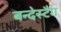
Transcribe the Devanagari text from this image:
बन्देस्टैग